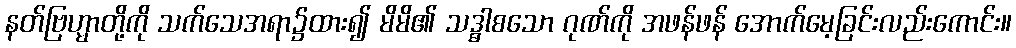
နတ်ဗြဟ္မာတို့ကို သက်သေအရာ၌ထား၍ မိမိ၏ သဒ္ဓာစသော ဂုဏ်ကို အဖန်ဖန် အောက်မေ့ခြင်းလည်းကောင်း။